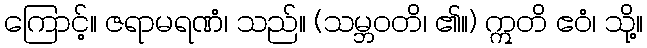
ကြောင့်။ ဇရာမရဏံ၊ သည်။ (သမ္ဘဝတိ၊ ၏။) ဣတိ ဧဝံ၊ သို့။